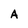
Character: A